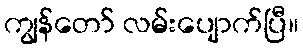
ကျွန်တော် လမ်းပျောက်ပြီ။